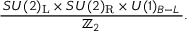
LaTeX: { \frac { \, S U ( 2 ) _ { \mathrm { { L } } } \times S U ( 2 ) _ { \mathrm { { R } } } \times U ( 1 ) _ { B - L } \, } { \mathbb { Z } _ { 2 } } } .